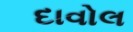
દાવોલ